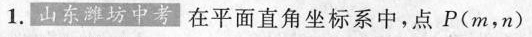
1.山东潍坊中考在平面直角坐标系中，点P(m，n)